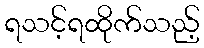
ရသင့်ရထိုက်သည့်